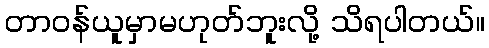
တာဝန်ယူမှာမဟုတ်ဘူးလို့ သိရပါတယ်။